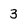
Character: 3